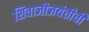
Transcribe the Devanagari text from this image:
शिवाजीजयंतीची